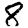
Digit: 8